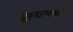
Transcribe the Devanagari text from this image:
कॉन्स्टान्सच्या